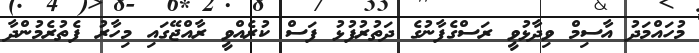
މުހައްމަދު އާސިމް ވިދާޅުވީ ރަސްގެފާނުގެ ދަތުރުފުޅު ފަސް ކުރެއްވީ ރާއްޖޭގައި މިހާރު ފެތުރެމުންދާ